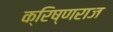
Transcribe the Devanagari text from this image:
क्रिष्णराज